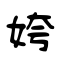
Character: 姱